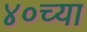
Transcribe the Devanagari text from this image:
४०च्या